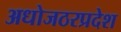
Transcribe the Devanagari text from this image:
अधोजठरप्रदेश